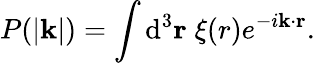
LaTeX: P(\lvert\textbf{k}\rvert)=\int\mathrm{d}^{3}\textbf{r}\; \xi(r)e^{-i\textbf{k}\cdot\textbf{r}}.